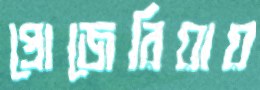
প্রোজেরিয়ায়